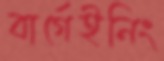
বার্গেইনিং